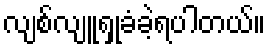
လျစ်လျူရှုခံခဲ့ရပါတယ်။